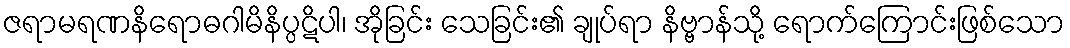
ဇရာမရဏနိရောဓဂါမိနိပ္ပဋိပါ၊ အိုခြင်း သေခြင်း၏ ချုပ်ရာ နိဗ္ဗာန်သို့ ရောက်ကြောင်းဖြစ်သော